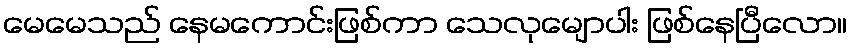
မေမေသည် နေမကောင်းဖြစ်ကာ သေလုမျောပါး ဖြစ်နေပြီလော။